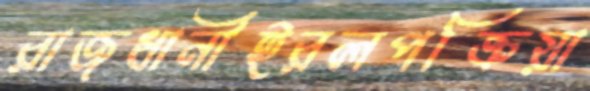
রাজধানীইরলপক্রিয়া